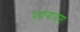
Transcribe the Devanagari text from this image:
प्रणयपाश